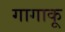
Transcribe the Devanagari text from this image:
गागाकू